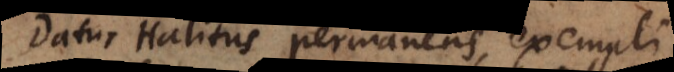
Datur Halitus permanens, exempli